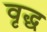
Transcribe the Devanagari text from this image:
वृद्घ